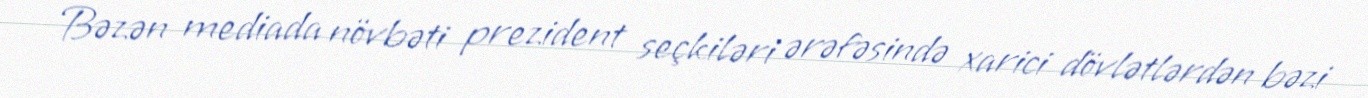
- Bəzən mediada növbəti prezident seçkiləri ərəfəsində xarici dövlətlərdən bəzi